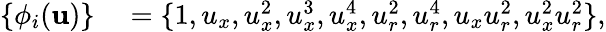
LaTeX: \begin{array}{rl}{\{ \phi_{i}(\mathbf{u})\} }&{{}=\{ 1,u_{x},u_{x}^{2},u_{x}^{3},u_{x}^{4},u_{r}^{2},u_{r}^{4},u_{x}u_{r}^{2},u_{x}^{2}u_{r}^{2}\} ,}\end{array}